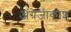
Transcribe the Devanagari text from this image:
अंग्रेजीकोश